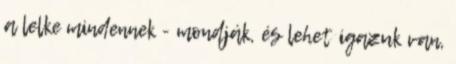
a lelke mindennek - mondják, és lehet igazuk van,